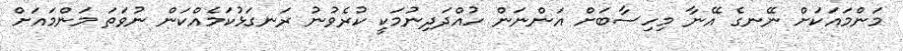
މަންމައަކަށް ނޭނގެ އޭނާ މިހިސާބަށް އަންނަން ހުއްދަދިނުމަކީ ކުރެވުނު ރަނގަޅުކަމެއްކަން ނުވަތަ މަންމައަށް